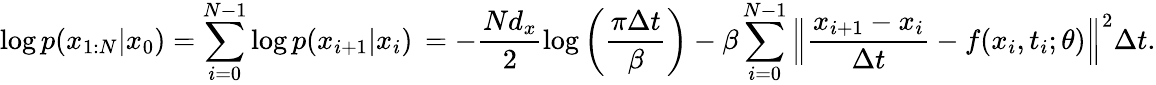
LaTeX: \log p(x_{1:N}|x_{0})=\sum_{i=0}^{N-1}\log p(x_{i+1}|x_{i})\, =-\frac{Nd_{x}}{2}\log\left(\frac{\pi\Delta t}{\beta}\right)-\beta\sum_{i=0}^{N-1}\Big\Vert\frac{x_{i+1}-x_{i}}{\Delta t}-f(x_{i},t_{i};\theta)\Big\Vert^{2}\Delta t.